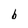
Character: b